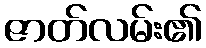
ဇာတ်လမ်း၏